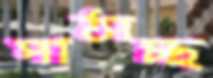
পাঠাচ্ছ